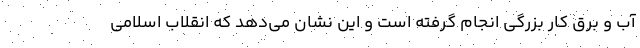
آب و برق کار بزرگی انجام گرفته است و این نشان می‌دهد که انقلاب اسلامی